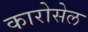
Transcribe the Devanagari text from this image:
कारोसेल